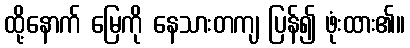
ထို့နောက် မြေကို နေသားတကျ ပြန်၍ ဖုံးထား၏။